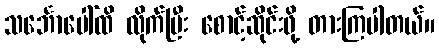
သင်္ဘောပေါ်ထိ လိုက်ပြီး စောင့်ဆိုင်းဖို့ တားကြပါတယ်။